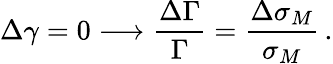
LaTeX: \Delta\gamma=0\longrightarrow\frac{\Delta\Gamma}{\Gamma}=\frac{\Delta\sigma_{M}}{\sigma_{M}}\, .